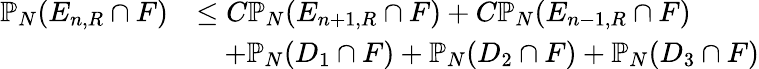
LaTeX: \begin{array}{rl}{\mathbb{P}_{N}(E_{n,R}\cap F)}&{\leq C\mathbb{P}_{N}(E_{n+1,R}\cap F)+C\mathbb{P}_{N}(E_{n-1,R}\cap F)}\\ &{\quad+\mathbb{P}_{N}(D_{1}\cap F)+\mathbb{P}_{N}(D_{2}\cap F)+\mathbb{P}_{N}(D_{3}\cap F)}\end{array}